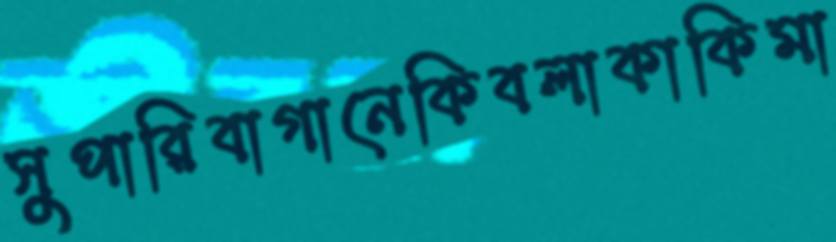
সুপারিবাগানেকিবলাকাকিমা